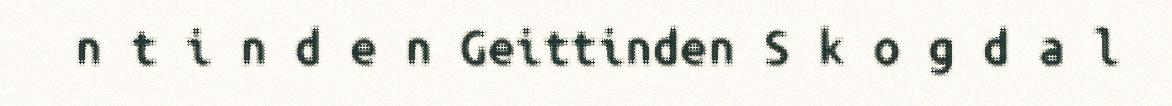
n t i n d e n Geittinden S k o g d a l